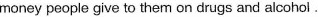
money people give to them on drugs and alcohol.